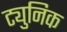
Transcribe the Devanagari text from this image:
ट्युनिक